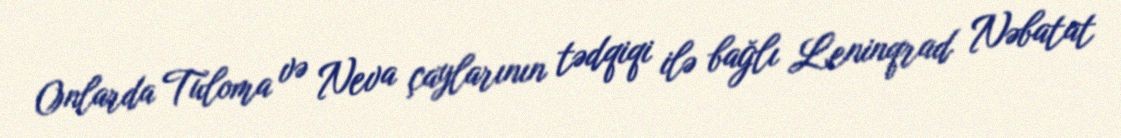
Onlarda Tuloma və Neva çaylarının tədqiqi ilə bağlı Leninqrad Nəbatat